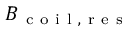
B _ { \mathrm { ~ c ~ o ~ i ~ l ~ } , \mathrm { ~ r ~ e ~ s ~ } }